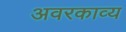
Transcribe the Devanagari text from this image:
अवरकाव्य